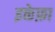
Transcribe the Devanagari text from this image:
इक्तेफ़ा